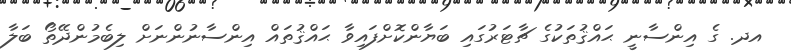
އދ. ގެ އިންސާނީ ޙައްޤުތަކުގެ ޗާޓަރުގައި ބަޔާންކޮށްފައިވާ ޙައްޤުތައް އިންސާނުންނަށް ލިބެމުންދޭތޯ ބަލާ